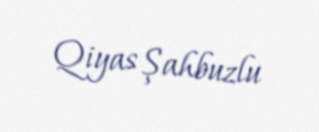
Qiyas Şahbuzlu